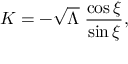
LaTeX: K = - \sqrt { \Lambda } \; \frac { \cos \xi } { \sin \xi } ,